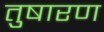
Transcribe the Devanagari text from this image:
तुषारण